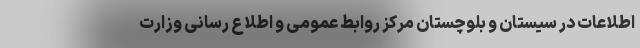
اطلاعات در سیستان و بلوچستان مرکز روابط عمومی و اطلاع رسانی وزارت